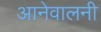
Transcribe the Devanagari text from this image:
आनेवालनी